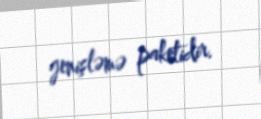
genişləmə paketidir.